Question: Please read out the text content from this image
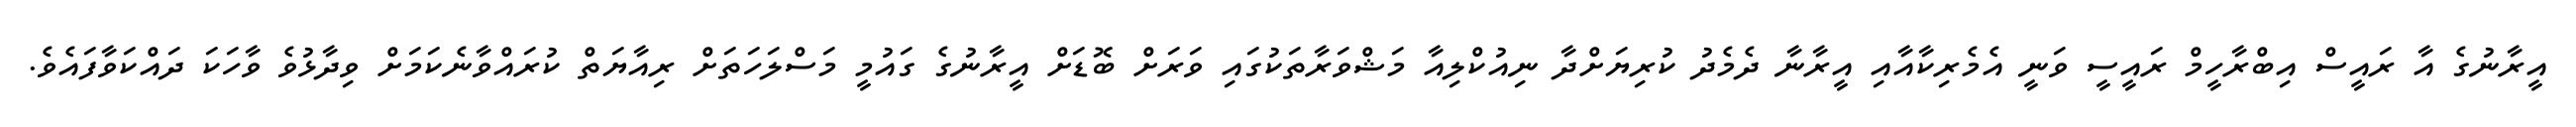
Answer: އީރާނުގެ އާ ރައީސް އިބްރާހީމް ރައީސީ ވަނީ އެމެރިކާއާއި އީރާނާ ދެމެދު ކުރިޔަށްދާ ނިއުކްލިއާ މަޝްވަރާތަކުގައި ވަރަށް ބޮޑަށް އީރާނުގެ ގައުމީ މަސްލަހަތަށް ރިއާޔަތް ކުރައްވާނެކަމަށް ވިދާޅުވެ ވާހަކަ ދައްކަވާފައެވެ.